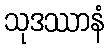
သုဒဿာနံ